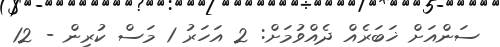
ސަންއަށް ޚަބަރެއް ދެއްވުމަށް: 2 އަހަރު 1 މަސް ކުރިން - 12